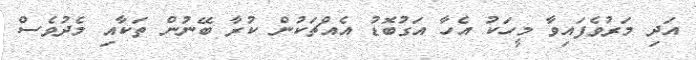
އަދި މަރުވެފައިވާ މީހަކު އެހާ އަގުބޮޑު އެއްޗަކުން ކުރާ ބޭނުން ތަކާއި މެދުވެސް